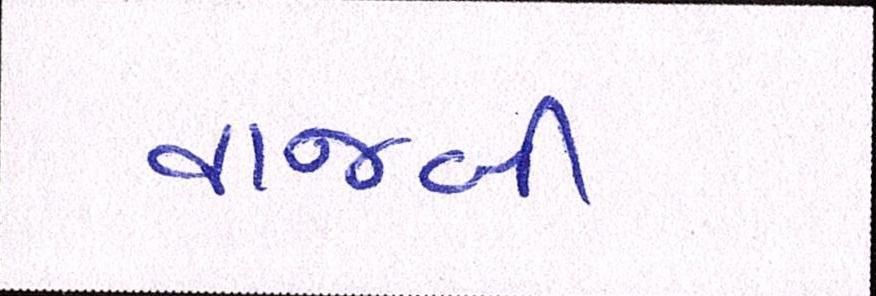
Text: વાજબી